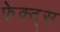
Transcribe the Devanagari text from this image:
फेक्ट्स